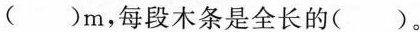
( )m，每段木条是全长的( )。